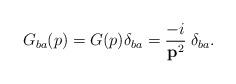
LaTeX: \begin{align*}G_{ba}(p) = G(p) \delta_{ba} = \frac{-i}{{\bf p}^2}\;\delta_{ba}.\end{align*}